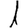
Digit: 1